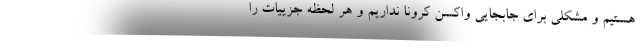
هستیم و مشکلی برای جابجایی واکسن کرونا نداریم و هر لحظه جزییات را